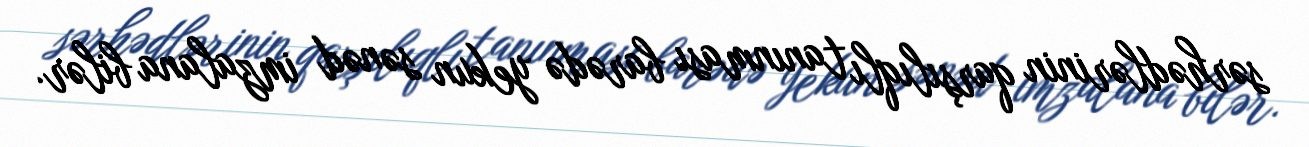
sərhədlərinin qarşılıqlı tanınması barədə yekun sənəd imzalana bilər.